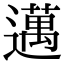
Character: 邁